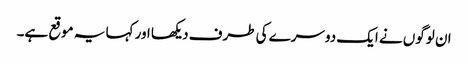
ان لوگوں نے ایک دوسرے کی طرف دیکھا اور کہا یہ موقع ہے۔